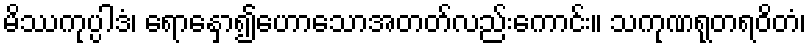
မိဿကုပ္ပါဒံ၊ ရောနှော၍ဟောသောအတတ်လည်းကောင်း။ သကုဏရုတရဝိတံ၊